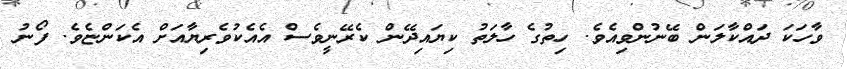
ވާހަކަ ދައްކާލަން ބޭނުންވިއެވެ. ހިތުގެ ހާލަތު ކިޔައިދޭން ކެރޭނީވެސް އެއެކުވެރިޔާއަށް އެކަންޏެވެ. ފޯނު